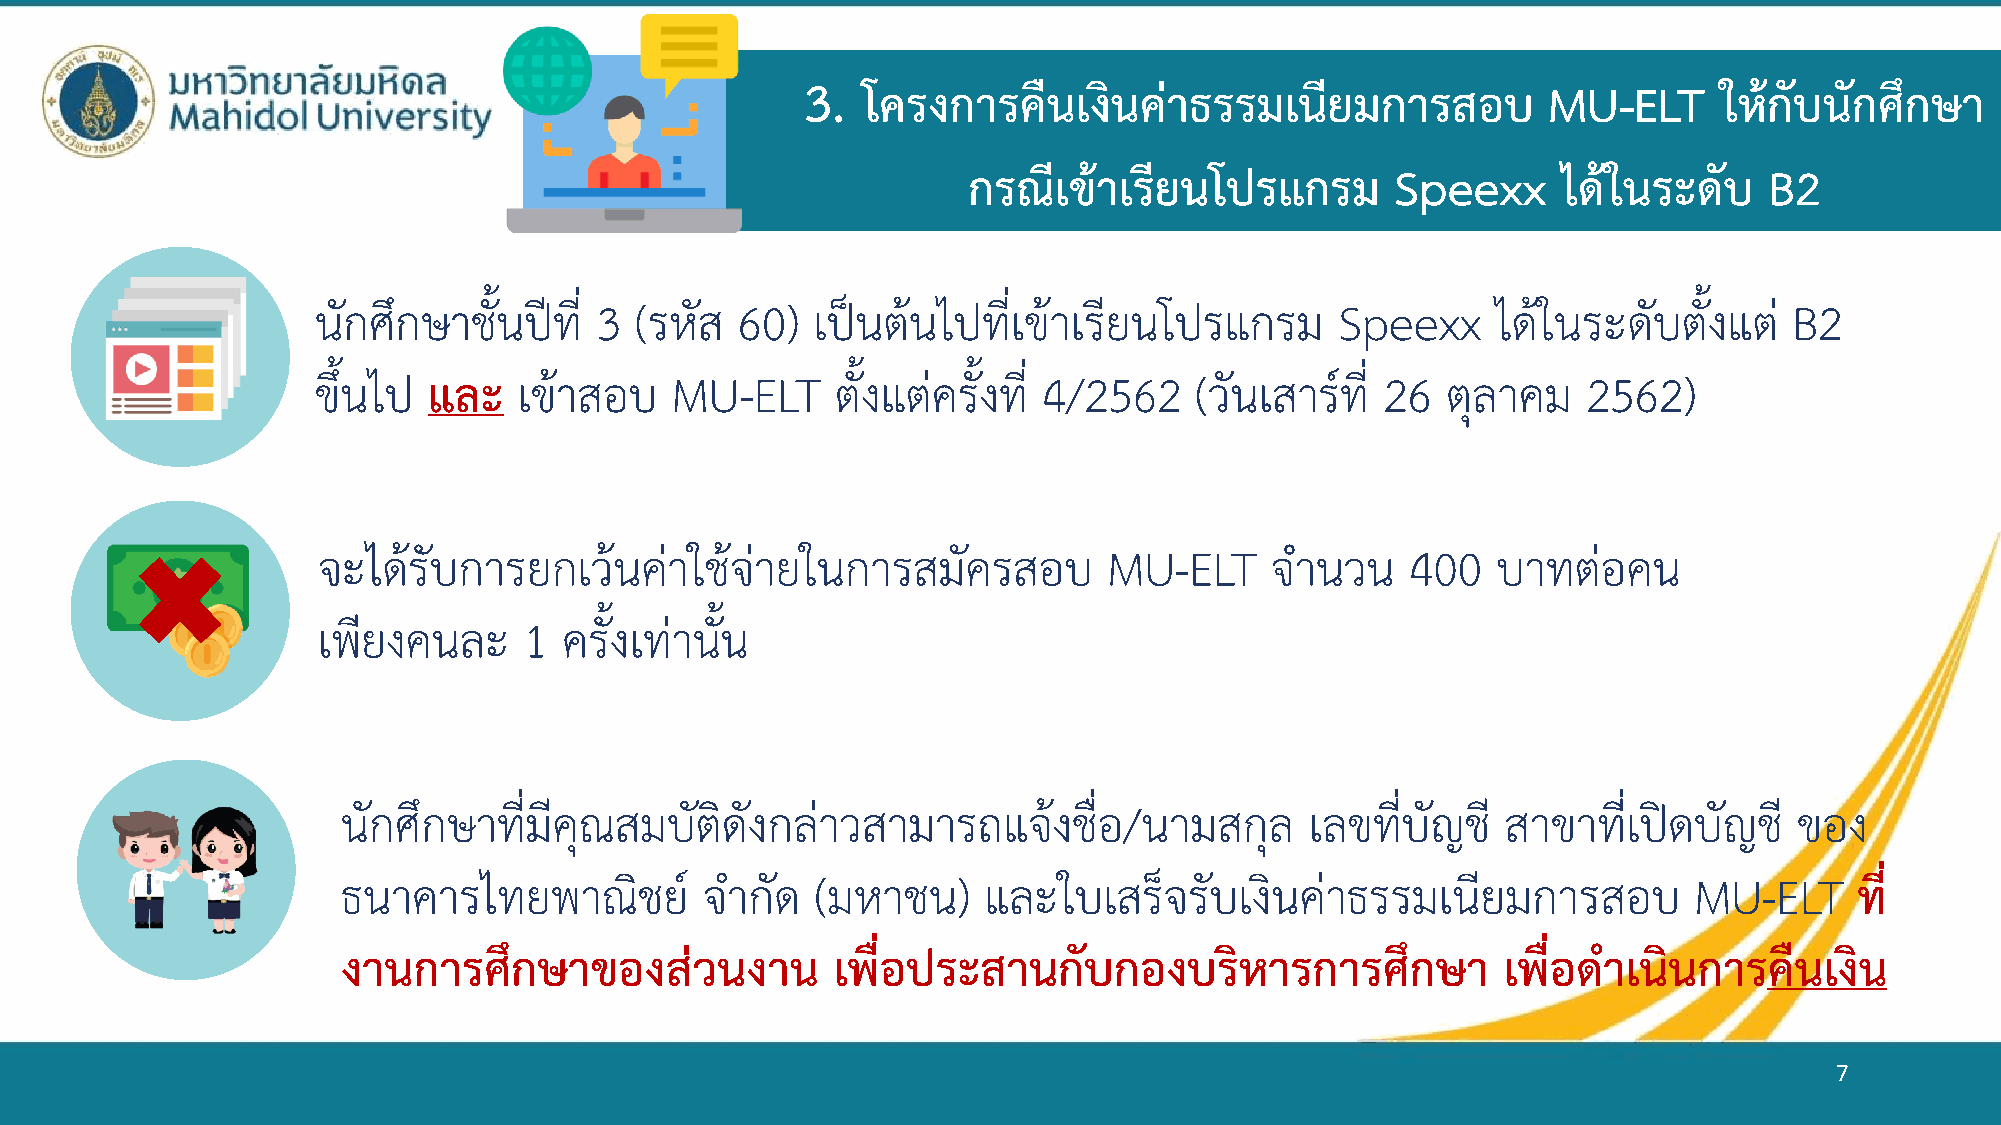
3.  โครงการคืนเงนิ    ค่าธรรมเนียมการสอบ         MU-ELT      ให้กับนักศึกษา
 กรณีเข้าเรียนโปรแกรม        Speexx     ได้ในระดับ    B2
 นักศึกษาชั้นปีที่ 3  (รหัส  60)  เป็นต้นไปที่เข้าเรียนโปรแกรม       Speexx    ได้ในระดับตั้งแต่   B2
 ขึ้นไป และ   เข้าสอบ   MU-ELT     ตั้งแต่ครั้งที่ 4/2562  (วันเสาร์ที่ 26  ตุลาคม   2562)
 จะได้รับการยกเว้นค่าใช้จ่ายในการสมัครสอบ            MU-ELT     จ านวน   400   บาทต่อคน
 เพียงคนละ     1 ครั้งเท่านั้น
 นักศึกษาที่มีคุณสมบัติดังกล่าวสามารถแจ้งชื่อ/นามสกุล            เลขที่บัญชี  สาขาที่เปิดบัญชี   ของ
 ธนาคารไทยพาณิชย์        จ ากัด (มหาชน)    และใบเสร็จรับเงินค่าธรรมเนียมการสอบ            MU-ELT     ที่
 งานการศึกษาของสว่       นงาน    เพื่อประสานกับกองบริหารการศึกษา              เพื่อด าเนินการคืนเงิน
 7